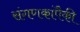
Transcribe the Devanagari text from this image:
संगणकांपैकी